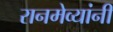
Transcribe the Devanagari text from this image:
रानमेव्यांनी